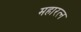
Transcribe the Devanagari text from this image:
महारत्‍न